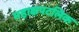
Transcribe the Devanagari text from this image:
महाक्षपटलिक